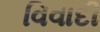
વિવાદી